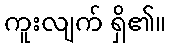
ကူးလျက် ရှိ၏။